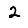
Digit: 2